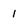
Character: 1